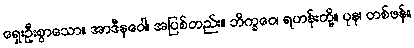
ရှေးဦးစွာသော။ အာဒီနဝေါ၊ အပြစ်တည်း။ ဘိက္ခဝေ၊ ရဟန်းတို့။ ပုန၊ တစ်ဖန်။